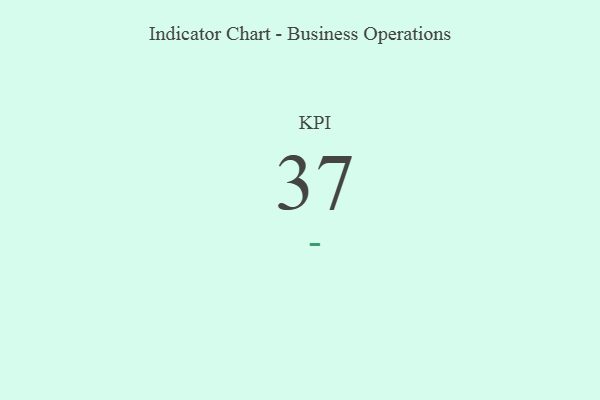
{"axis": {"x": "KPI", "y": "Value"}, "legend": [""], "data": [{"x": "KPI", "y": 37, "type": ""}]}